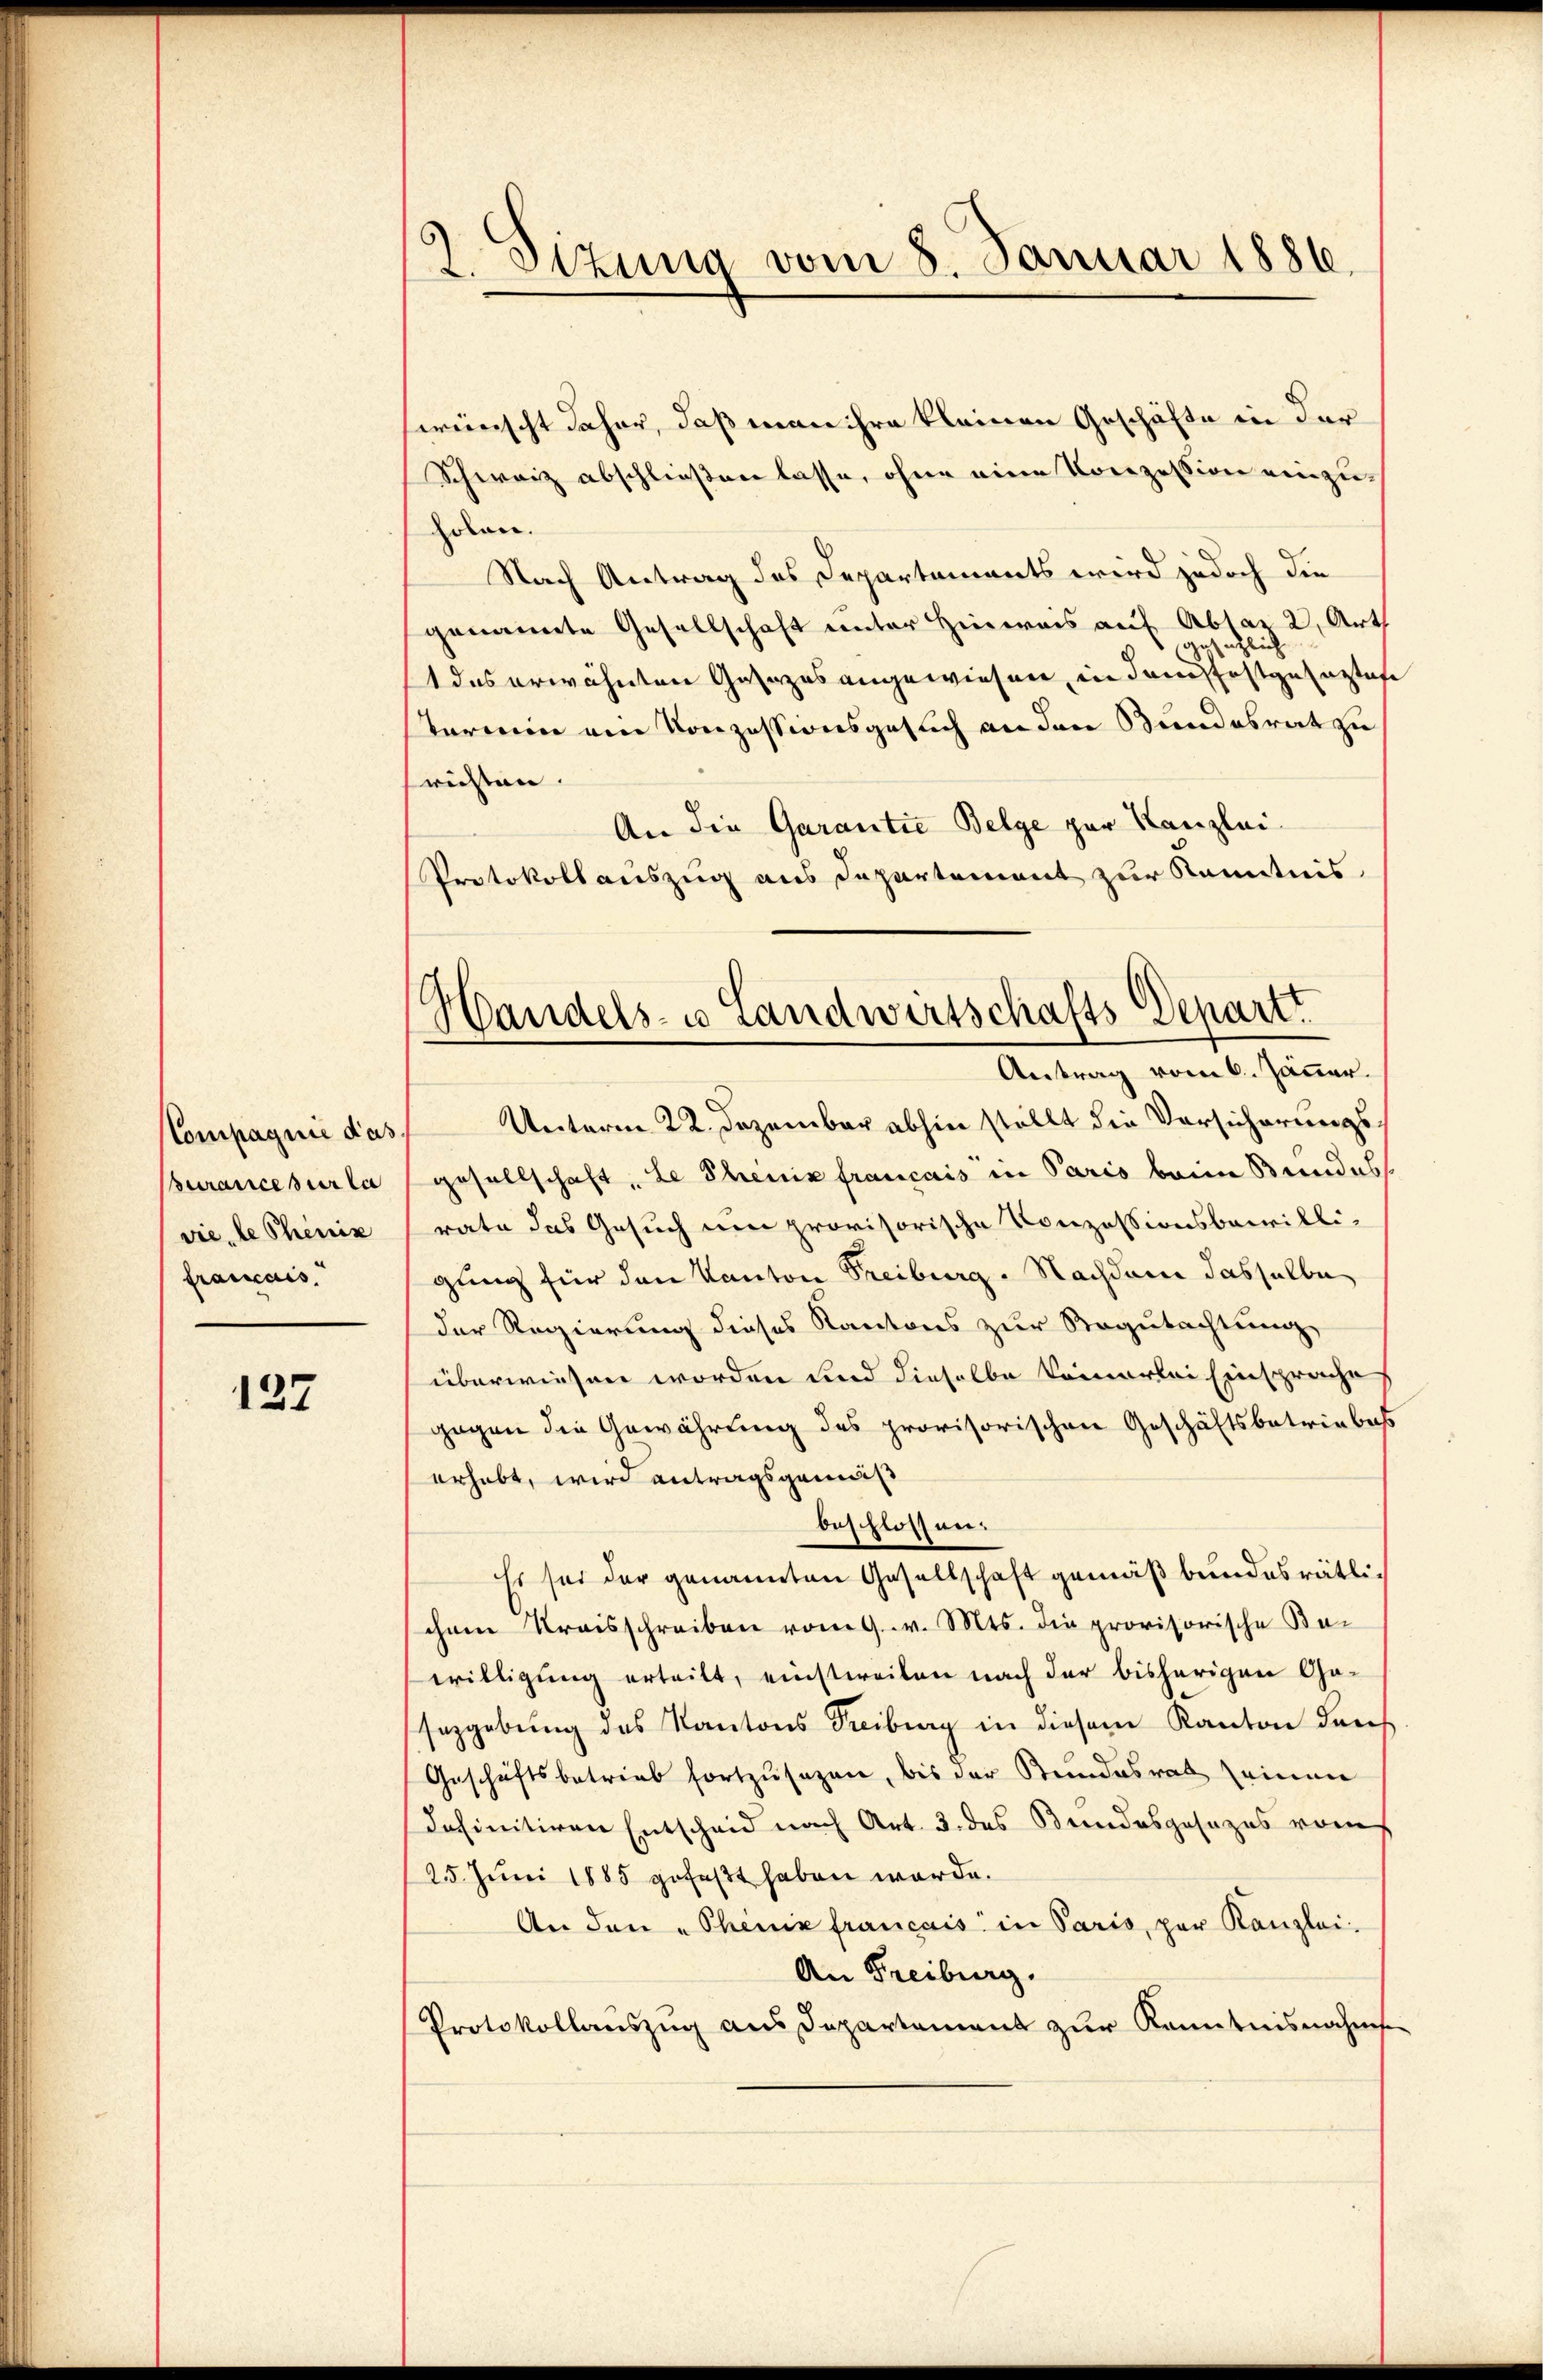
Compagnie das
Burance sur la
vie, le Phönix
framcais.

127

.
Sizung vom 8. Januar 1886.

swünscht daher, daß man ihre kleinen Geschäfte in der
Schweiz abschließen lasse, ohne eine Konzession einzuholen.
Nach Antrag des Departements wird jedoch die
genannte Gesellschaft unter Hinweis auf Absar 2, Art
ic
gezus
1 das erwähnten Gesezes angewiesen, in dem festgesezliche
Termin am Konzessionsgesuch an den Bundesrat zu
richten.
An die Garantie Belge zur Kanzlei-
Protokollauszug aus Departement zur Kenntnis.
Unterm 22. Dezember abhin stellt die Versicherungsgesellschaft, Le Scheine français in Paris beim Bundes
rate das Gesuch um provisorische Konzessionsbewilli-
gung für den Kanton Freiburg. Nachdem dasselbe
der Regierung dieses Kantons zur Regutachtung,
überwiesen worden und dieselbe kommerlei Einsprache
gegen die Gewährung des provisorischen Geschäftsbetriebes
erhebt, wird antragsgemäß
beschlossen.
Es sei der genannten Gesellschaft gemäß bundesrätliihnen Kreisschreiben vom 9. v. Mts. die provisorische Be-
willigung erteilt, einstweilen nach der bisherigen Gaseggebŭng des Kantons Freiburg in diesem Kanton darf.
Geschäftsbetrieb fortzusagen, bis der Stundesrat seinen
definitiven Entscheid nach Art. 3. des Bundesgesezes vom
125. Juni 1885 gefaßt haben würde.
An den „Thenix francais in Paris, par Kanzlei-
An Freiburg.
Protokollauszug aus Departement zur Kenntnisnahmen

Handels- u Landwirtschafts-Depart
Antrag vom 6. Jänner.